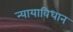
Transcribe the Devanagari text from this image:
न्यायाविधान